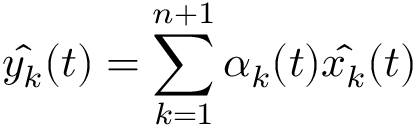
{ \hat { y _ { k } } } ( t ) = \sum _ { k = 1 } ^ { n + 1 } \alpha _ { k } ( t ) { \hat { x _ { k } } } ( t )